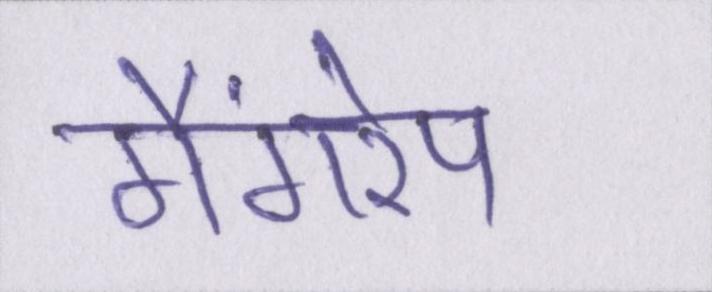
गैंगरेप